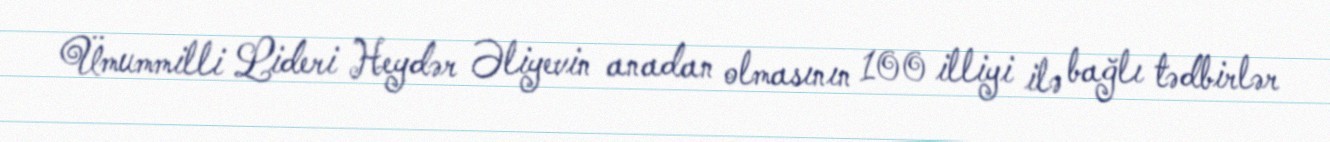
Ümummilli Lideri Heydər Əliyevin anadan olmasının 100 illiyi ilə bağlı tədbirlər